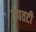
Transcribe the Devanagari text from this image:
उपतटी